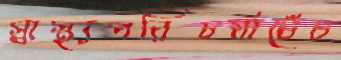
স্বাস্থ্যপরিচর্যাচেঁচ